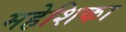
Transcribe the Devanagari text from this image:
महेशिका